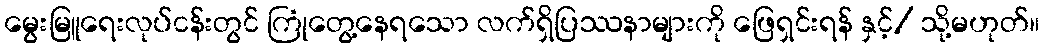
မွေးမြူရေးလုပ်ငန်းတွင် ကြုံတွေ့နေရသော လက်ရှိပြဿနာများကို ဖြေရှင်းရန် နှင့်/ သို့မဟုတ်။